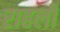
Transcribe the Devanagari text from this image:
राहली